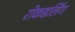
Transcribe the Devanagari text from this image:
रोकडलिंग